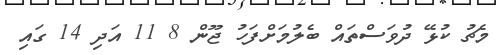
މެޗު ކުޅޭ ދުވަސްތައް ބެލުމަށްފަހު ޖޫން 8 11 އަދި 14 ގައި